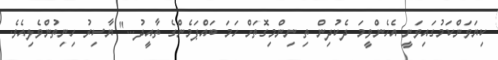
ކިޔަވަންކަމުގައިވަނީ އެހެންވީމަ ދެކުދިން ތި ނިންމިގޮތަށް ހަމަ ބައްޕަމެންގެ ތާއީދު..." ޔާސިރު ހިނިތުންވެލިއެވެ.